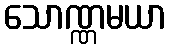
သောဏ္ဏမယာ